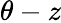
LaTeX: \theta-z